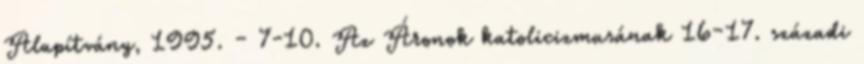
Alapítvány, 1995. – 7-10. Az Áronok katolicizmusának 16–17. századi